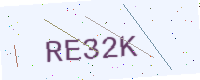
Text: RE32K